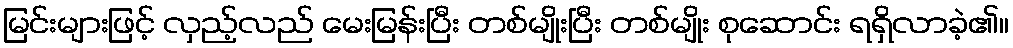
မြင်းများဖြင့် လှည့်လည် မေးမြန်းပြီး တစ်မျိုးပြီး တစ်မျိုး စုဆောင်း ရရှိလာခဲ့၏။